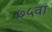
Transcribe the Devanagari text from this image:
७५वां